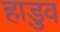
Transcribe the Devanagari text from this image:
हाडुव